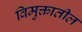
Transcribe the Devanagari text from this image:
विमुक्तातील